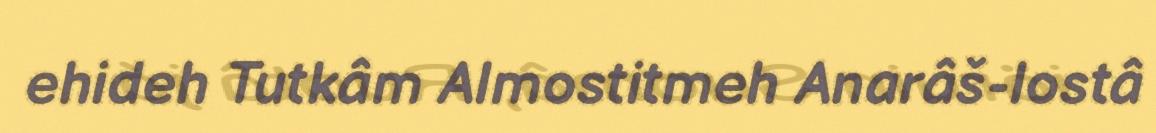
ehideh Tutkâm Almostitmeh Anarâš-lostâ